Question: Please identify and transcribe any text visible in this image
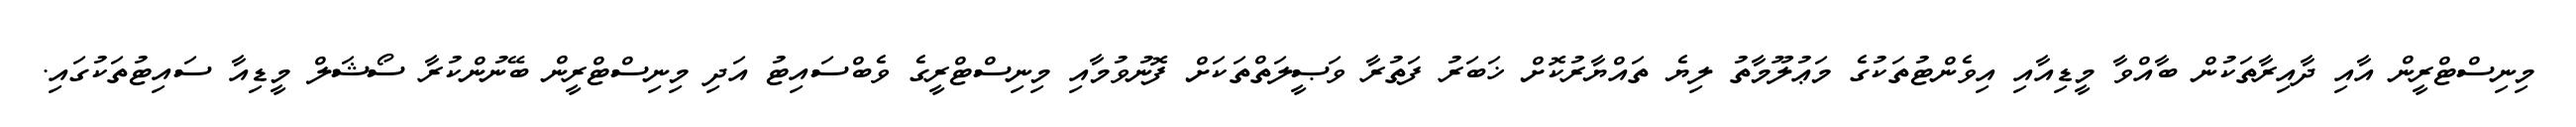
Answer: މިނިސްޓްރީން އާއި ދާއިރާތަކުން ބާއްވާ މީޑިއާއި އިވެންޓުތަކުގެ މަޢުލޫމާތު ލިޔެ ތައްޔާރުކޮށް ޚަބަރު ފަތުރާ ވަޞީލަތްތަކަށް ފޮނުވުމާއި މިނިސްޓްރީގެ ވެބްސައިޓު އަދި މިނިސްޓްރީން ބޭނުންކުރާ ސޯޝަލް މީޑިއާ ސައިޓުތަކުގައި.